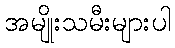
အမျိုးသမီးများပါ